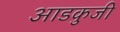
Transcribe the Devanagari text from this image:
आडकुजी